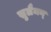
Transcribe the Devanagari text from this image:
सुलैमन्